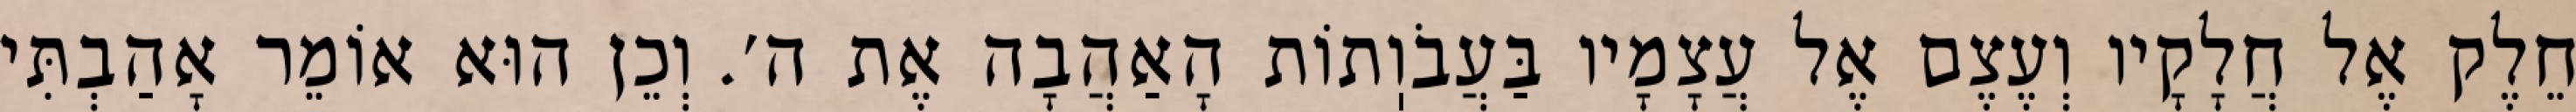
חֵלֶק אֶל חֲלָקָיו וְעֶצֶם אֶל עֲצָמָיו בַּעֲבֹוֽתוֹת הָאַהֲבָה אֶת ה׳. וְכֵן הוּא אוֹמֵר אָהַבְתִּי